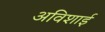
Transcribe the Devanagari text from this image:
अविशाई